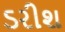
ડરીશ